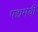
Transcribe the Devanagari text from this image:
पद्यमयी